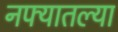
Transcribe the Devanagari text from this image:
नफ्यातल्या